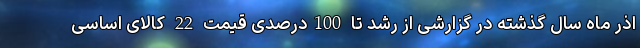
اذر ماه سال گذشته در گزارشی از رشد تا 100درصدی قیمت 22 کالای اساسی